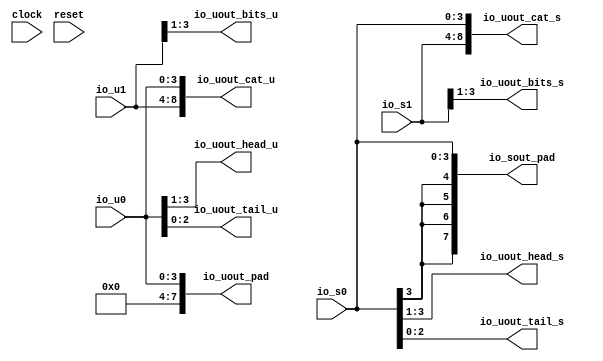
module Pad(
  input        clock,
  input        reset,
  input  [3:0] io_u0,
  input  [4:0] io_u1,
  input  [3:0] io_s0,
  input  [4:0] io_s1,
  output [8:0] io_uout_cat_u,
  output [8:0] io_uout_cat_s,
  output [7:0] io_uout_pad,
  output [7:0] io_sout_pad,
  output [2:0] io_uout_bits_u,
  output [2:0] io_uout_bits_s,
  output [2:0] io_uout_head_u,
  output [2:0] io_uout_head_s,
  output [2:0] io_uout_tail_u,
  output [2:0] io_uout_tail_s
);
  assign io_uout_cat_u = {io_u1,io_u0}; // @[Cat.scala 30:58]
  assign io_uout_cat_s = {io_s1,io_s0}; // @[Cat.scala 30:58]
  assign io_uout_pad = {{4'd0}, io_u0}; // @[Pad.scala 27:27]
  assign io_sout_pad = {{4{io_s0[3]}},io_s0}; // @[Pad.scala 28:27]
  assign io_uout_bits_u = io_u1[3:1]; // @[Pad.scala 30:26]
  assign io_uout_bits_s = io_s1[3:1]; // @[Pad.scala 31:26]
  assign io_uout_head_u = io_u0[3:1]; // @[Pad.scala 33:31]
  assign io_uout_head_s = io_s0[3:1]; // @[Pad.scala 34:31]
  assign io_uout_tail_u = io_u0[2:0]; // @[Pad.scala 35:31]
  assign io_uout_tail_s = io_s0[2:0]; // @[Pad.scala 36:31]
endmodule